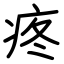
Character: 疼